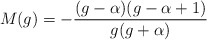
\begin{align*}M(g)=-\frac{(g-\alpha)(g-\alpha+1)}{g(g+\alpha)}\end{align*}